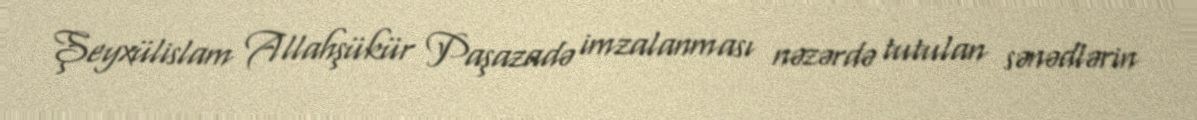
Şeyxülislam Allahşükür Paşazadə imzalanması nəzərdə tutulan sənədlərin